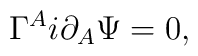
\Gamma ^Ai\partial _A\Psi =0,